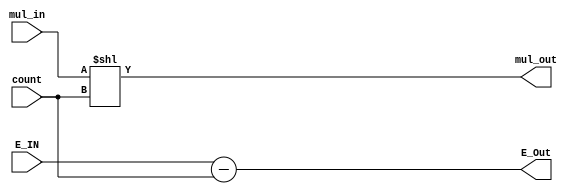
module stanard_mul
(
    input   [7:0]       E_IN,
    input   [47:0]      mul_in,
    input   [5:0]       count,
    output   [7:0]       E_Out,
    output   [47:0]      mul_out
);

assign E_Out = E_IN - count;

assign mul_out = mul_in << count;

endmodule //stanard